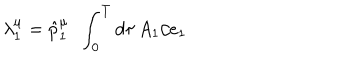
\lambda _ { 1 } ^ { \mu } = \hat { p } _ { 1 } ^ { \mu } \ \ \int _ { 0 } ^ { T } d \tau \, A _ { 1 } / e _ { 1 }